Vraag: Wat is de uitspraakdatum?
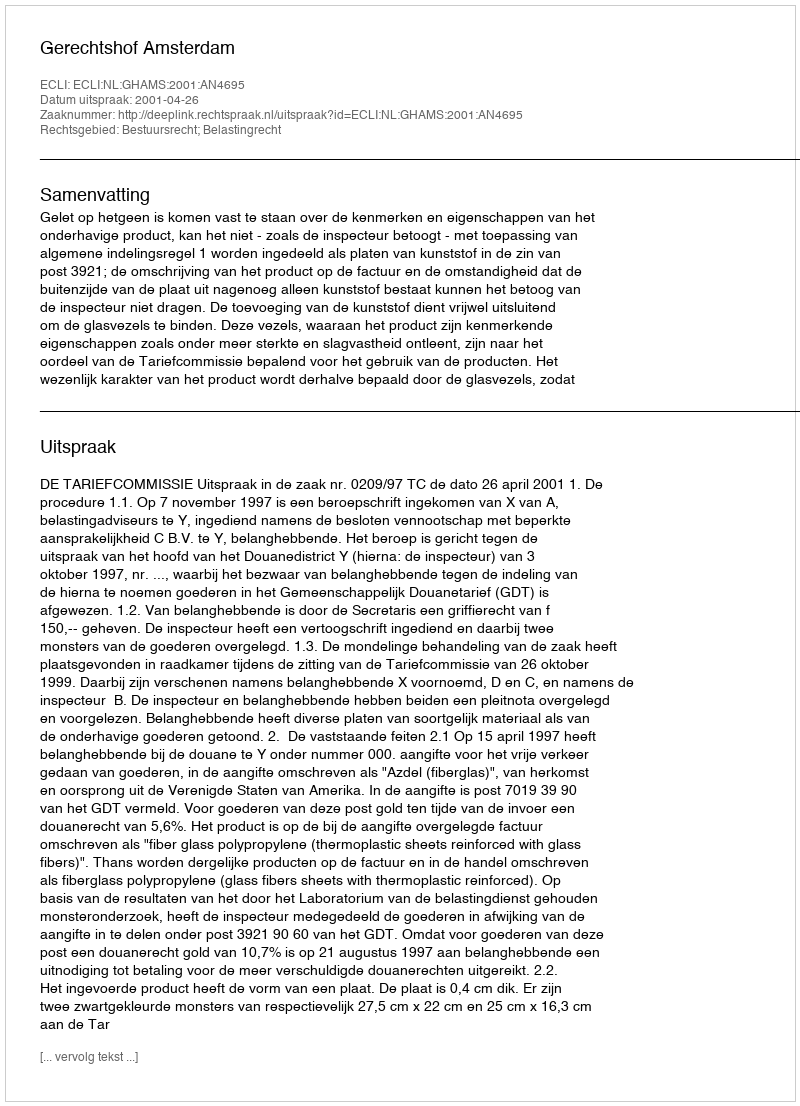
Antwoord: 2001-04-26